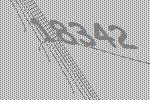
18342